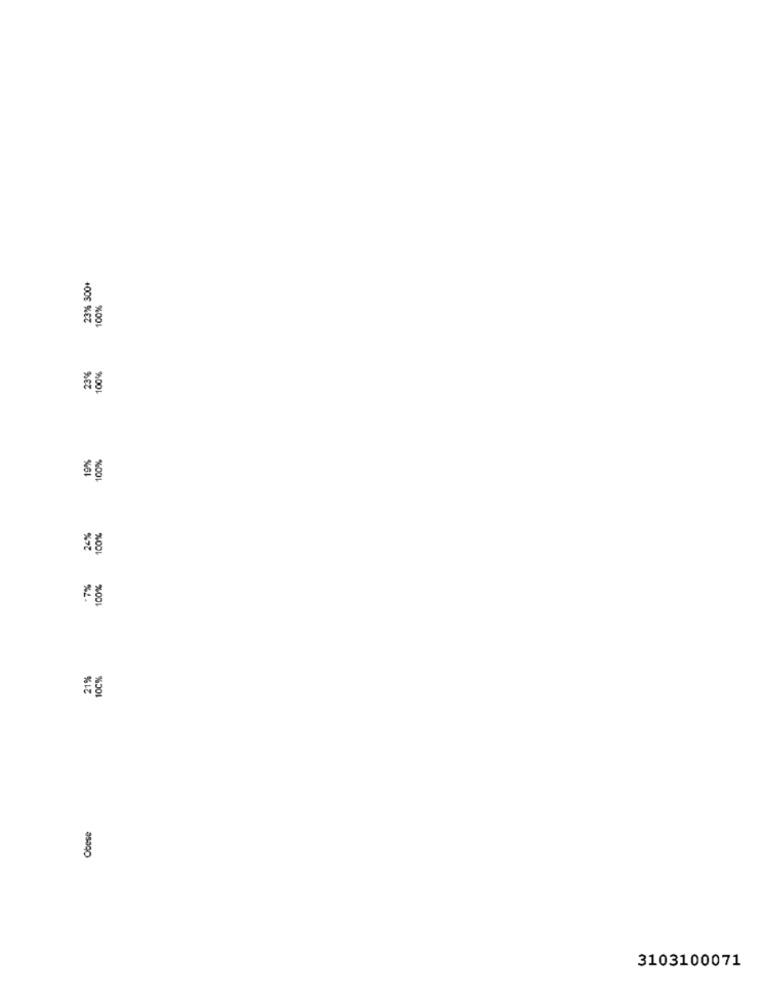
23% 300+
100%
23%
100%
19%
100%
100%
100%
21%
100%
Obese
3103100071